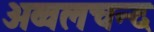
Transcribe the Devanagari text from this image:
अव्वलचन्द